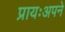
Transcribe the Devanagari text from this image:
प्रायःअपने